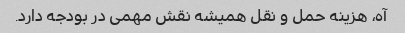
آه، هزینه حمل و نقل همیشه نقش مهمی در بودجه دارد.